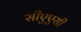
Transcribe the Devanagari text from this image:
सीएएसी